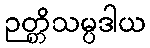
ဉတ္တိသမ္ပဒါယ